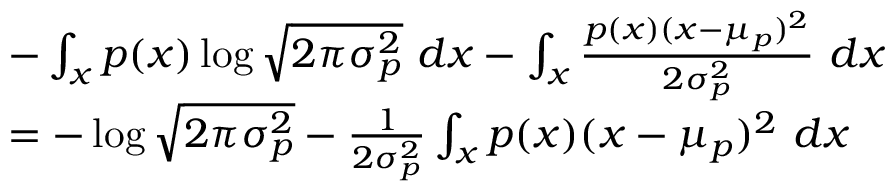
\begin{array} { r l } & { - \int _ { x } p ( x ) \log \sqrt { 2 \pi \sigma _ { p } ^ { 2 } } \ d x - \int _ { x } \frac { p ( x ) ( x - \mu _ { p } ) ^ { 2 } } { 2 \sigma _ { p } ^ { 2 } } \ d x } \\ & { = - \log \sqrt { 2 \pi \sigma _ { p } ^ { 2 } } - \frac { 1 } { 2 \sigma _ { p } ^ { 2 } } \int _ { x } p ( x ) ( x - \mu _ { p } ) ^ { 2 } \ d x } \end{array}